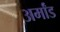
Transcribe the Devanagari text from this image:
अर्मांड